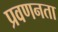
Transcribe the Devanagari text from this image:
प्रवणनता